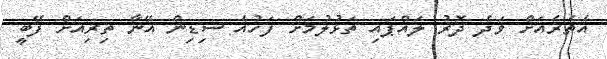
އެތެރެއަށް ވަދެ ދޮރު ލައްޕައި ތަޅުލުމަށް ފަހުއެ ސިޑިން އޭނާ ތިރިއަށް ފޭބީ